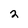
Character: 2